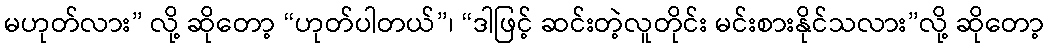
မဟုတ်လား” လို့ ဆိုတော့ “ဟုတ်ပါတယ်”၊ “ဒါဖြင့် ဆင်းတဲ့လူတိုင်း မင်းစားနိုင်သလား”လို့ ဆိုတော့